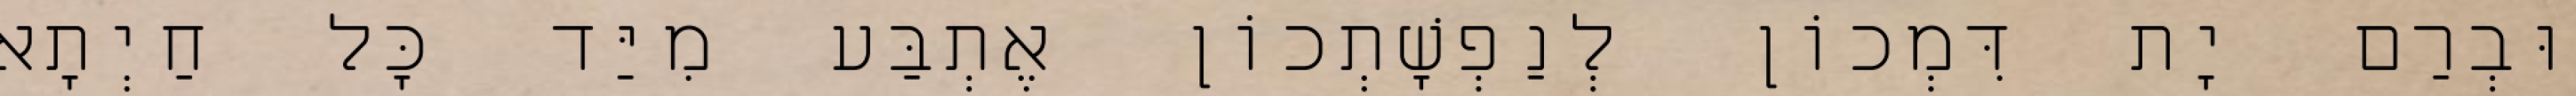
וּבְרַם יָת דִּמְכוֹן לְנַפְשָׁתְכוֹן אֶתְבַּע מִיַּד כָּל חַיְתָא